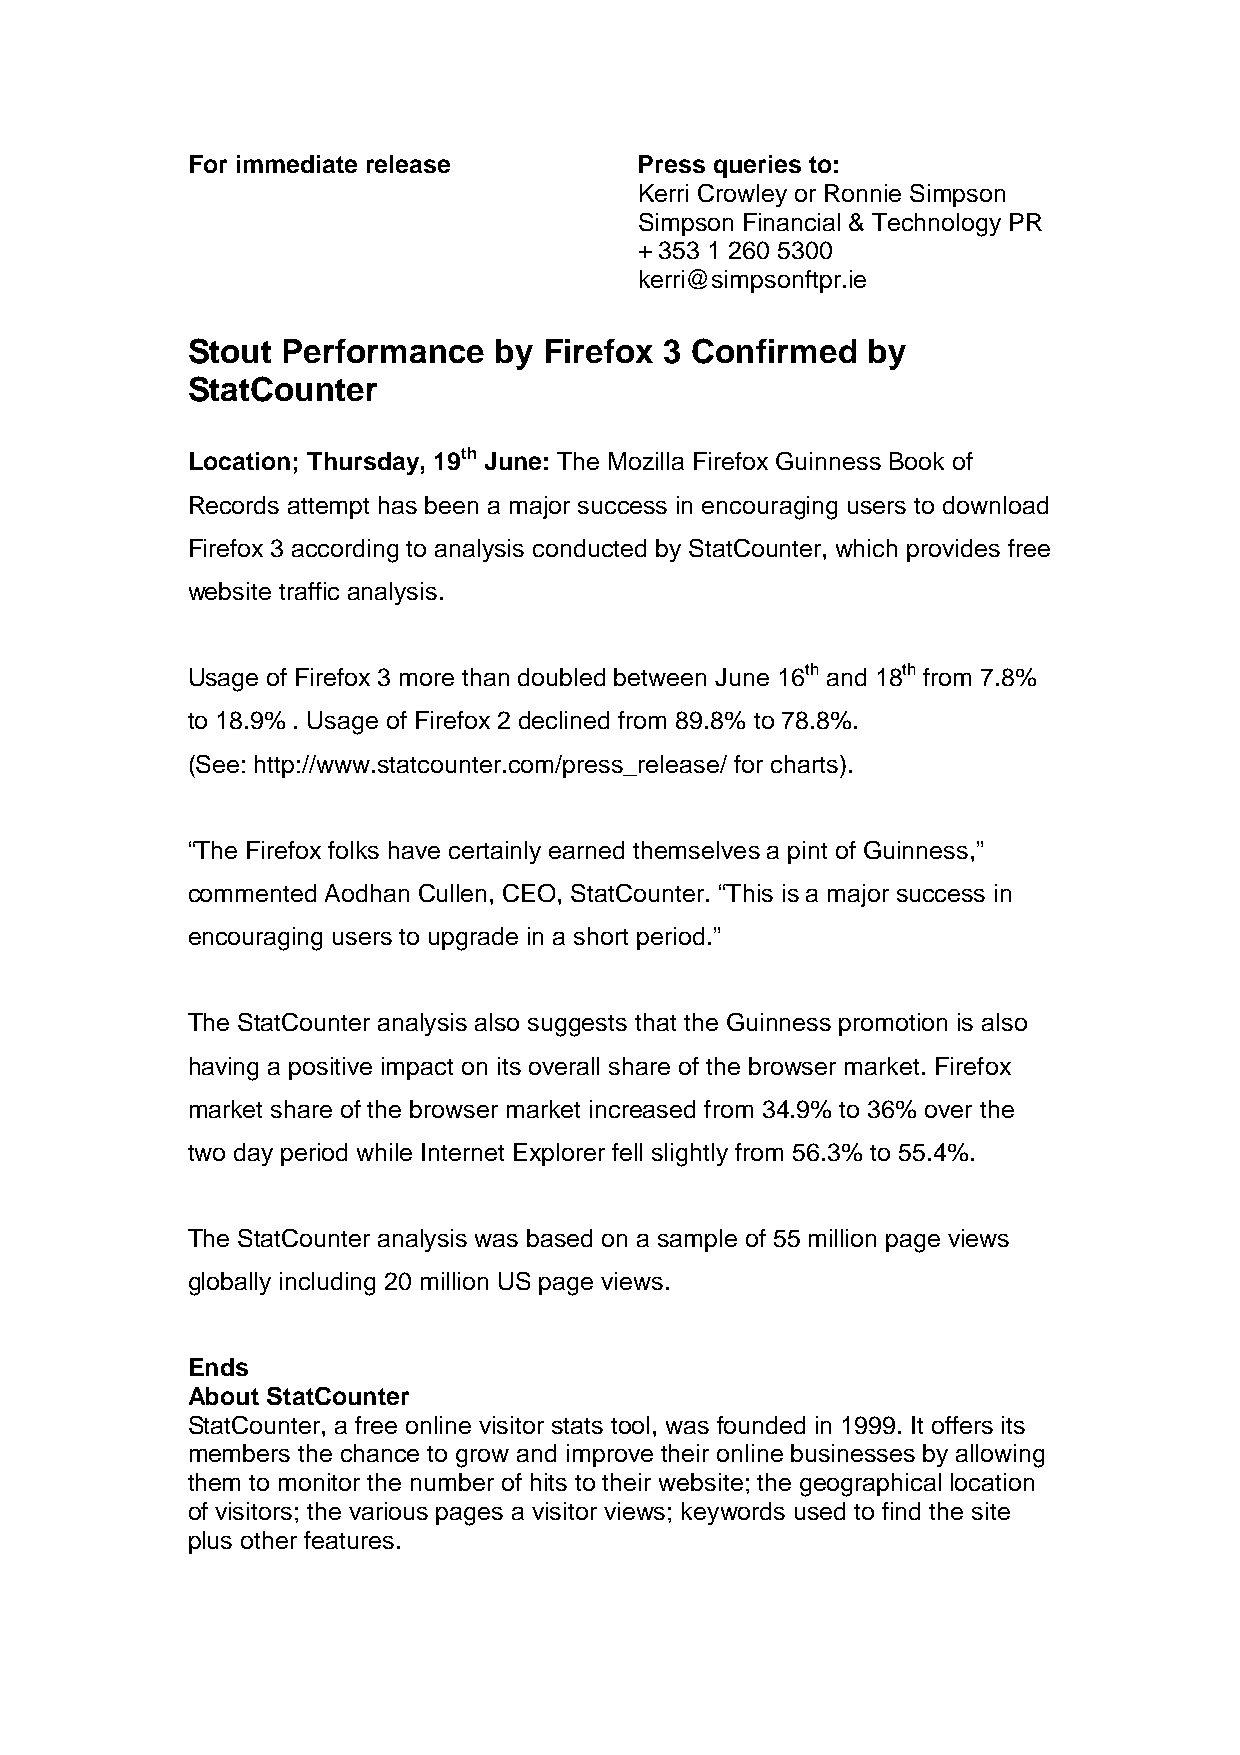
For immediate release         Press queries to:
 Kerri Crowley or Ronnie Simpson
 Simpson Financial & Technology PR
 + 353 1 260 5300
 kerri@simpsonftpr.ie
 Stout  Performance   by Firefox 3 Confirmed  by
 StatCounter
 Location; Thursday, 19th June: The Mozilla Firefox Guinness Book of
 Records attempt has been a major success in encouraging users to download
 Firefox 3 according to analysis conducted by StatCounter, which provides free
 website traffic analysis.
 Usage of Firefox 3 more than doubled between June 16th and 18th from 7.8%
 to 18.9% . Usage of Firefox 2 declined from 89.8% to 78.8%.
 (See: http://www.statcounter.com/press_release/ for charts).
 “The Firefox folks have certainly earned themselves a pint of Guinness,”
 commented Aodhan Cullen, CEO, StatCounter. “This is a major success in
 encouraging users to upgrade in a short period.”
 The StatCounter analysis also suggests that the Guinness promotion is also
 having a positive impact on its overall share of the browser market. Firefox
 market share of the browser market increased from 34.9% to 36% over the
 two day period while Internet Explorer fell slightly from 56.3% to 55.4%.
 The StatCounter analysis was based on a sample of 55 million page views
 globally including 20 million US page views.
 Ends
 About StatCounter
 StatCounter, a free online visitor stats tool, was founded in 1999. It offers its
 members the chance to grow and improve their online businesses by allowing
 them to monitor the number of hits to their website; the geographical location
 of visitors; the various pages a visitor views; keywords used to find the site
 plus other features.